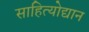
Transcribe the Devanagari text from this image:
साहित्योद्यान